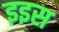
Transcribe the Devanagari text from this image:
इइस